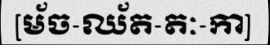
[ម័ច-ឈ័ត-តៈ-កា]